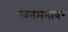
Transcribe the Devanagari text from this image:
जनमनावर